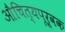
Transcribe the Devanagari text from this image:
औचित्यपूर्वक